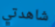
شاهدتي